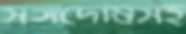
সঙ্গদোষসহ